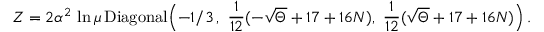
Z = 2 \alpha ^ { 2 } \, \ln \mu \, \mathrm { D i a g o n a l } \Bigl ( - 1 / 3 \, , \, \, \frac { 1 } { 1 2 } ( - \sqrt \Theta + 1 7 + 1 6 N ) , \, \, \frac { 1 } { 1 2 } ( \sqrt \Theta + 1 7 + 1 6 N ) \Bigr ) \, .